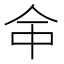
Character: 𠇭